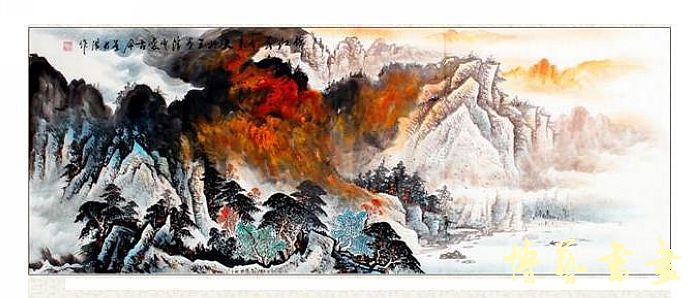
锦江春色来天地，玉垒浮云变古今。